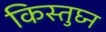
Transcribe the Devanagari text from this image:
किस्तुघ्न